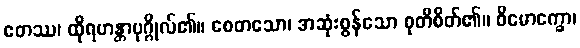
ဧတဿ၊ ထိုရဟန္တာပုဂ္ဂိုလ်၏။ စေတသော၊ အဆုံးစွန်သော စုတိစိတ်၏။ ဝိမောက္ခော၊